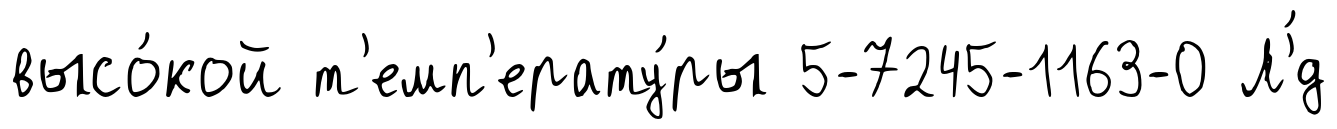
высо́кой т'емп'ерату́ры 5-7245-1163-0 Л'́д